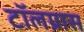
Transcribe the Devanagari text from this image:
टॉलग्रास